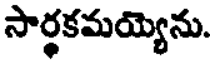
సార్థకమయ్యెను.